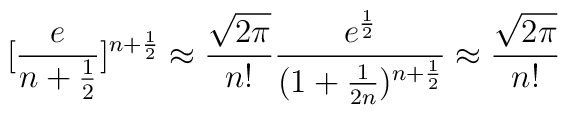
[\frac {e}{n+ \frac {1}{2}}]^{n+ \frac {1}{2}} \approx\frac{\sqrt{2\pi}}{n!}\frac{e^{\frac {1}{2}}}{(1+\frac{1}{2n})^{n+\frac{1}{2}}}\approx \frac{\sqrt{2\pi}}{n!}